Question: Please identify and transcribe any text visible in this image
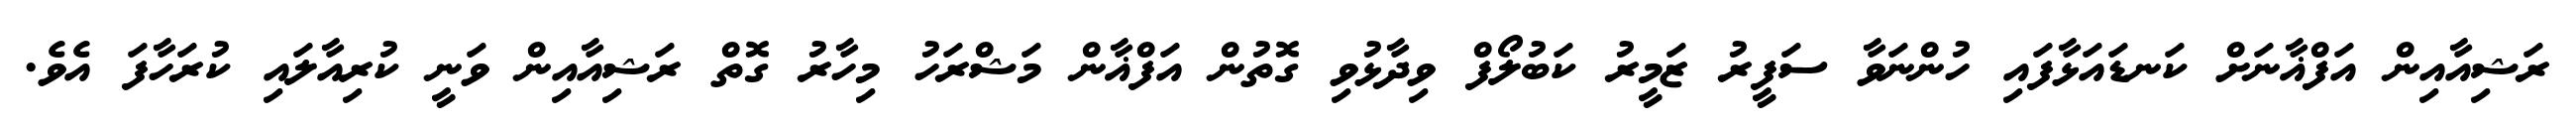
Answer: ރަޝިއާއިން އަފްޣާނަށް ކަނޑައަޅާފައި ހުންނަވާ ސަފީރު ޒަމީރު ކަބުލޯފް ވިދާޅުވި ގޮތުން އަފްޣާން މަޝްރަހު މިހާރު ގޮތް ރަޝިއާއިން ވަނީ ކުރިއާލައި ކުރަހާފަ އެވެ.